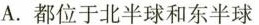
A. 都位于北半球和东半球